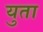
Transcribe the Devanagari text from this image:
युता